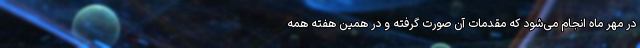
در مهر ماه انجام می‌شود که مقدمات آن صورت گرفته و در همین هفته همه